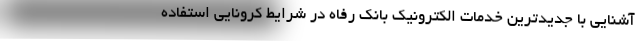
آشنایی با جدیدترین خدمات الکترونیک بانک رفاه در شرایط کرونایی استفاده